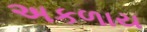
અકળાય